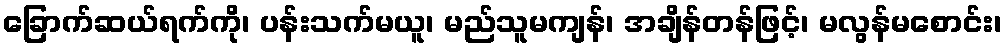
ခြောက်ဆယ်ရက်ကို၊ ပန်းသက်မယူ၊ မည်သူမကျန်၊ အချိန်တန်ဖြင့်၊ မလွန်မစောင်း၊